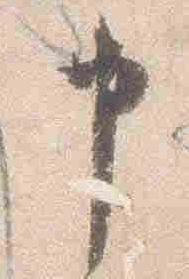
申